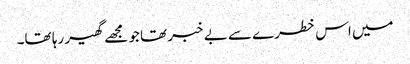
میں اس خطرے سے بے خبر تھا جو مجھے گھیر رہا تھا۔